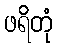
ဖရိတုံ